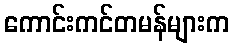
ကောင်းကင်တမန်များက